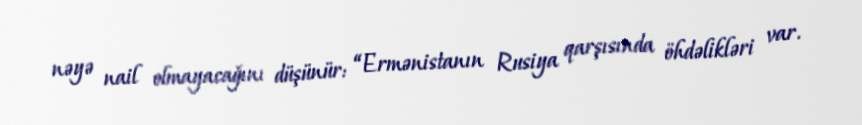
nəyə nail olmayacağını düşünür: “Ermənistanın Rusiya qarşısında öhdəlikləri var.